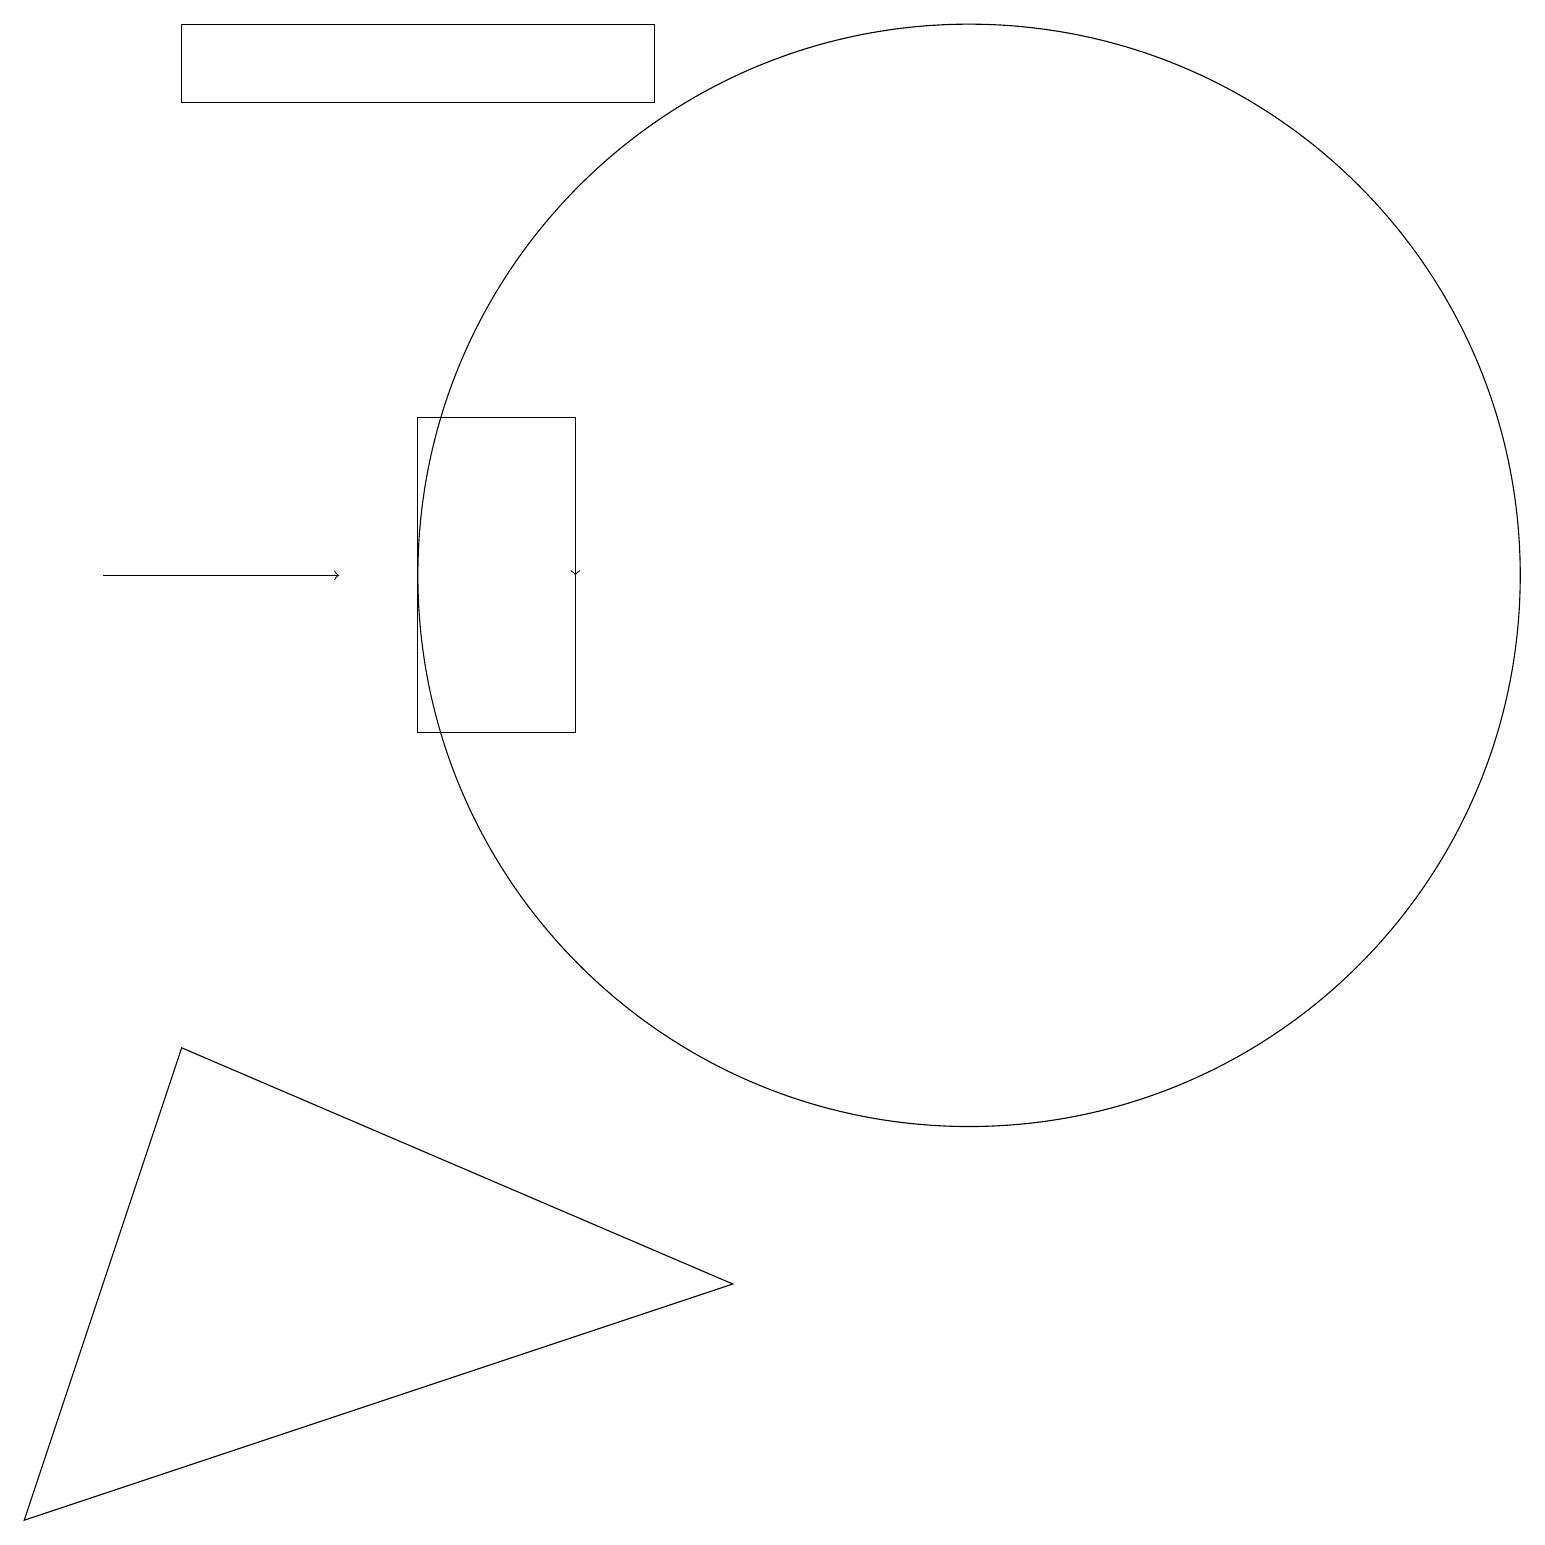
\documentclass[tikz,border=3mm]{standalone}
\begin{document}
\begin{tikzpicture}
\draw[->] (7,14) -- (7,12);
\draw (12,12) circle (7);
\draw (8,18) rectangle (2,19);
\draw (0,0) -- (2,6) -- (9,3) -- cycle;
\draw (5,10) rectangle (7,14);
\draw[->] (1,12) -- (4,12);
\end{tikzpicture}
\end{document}